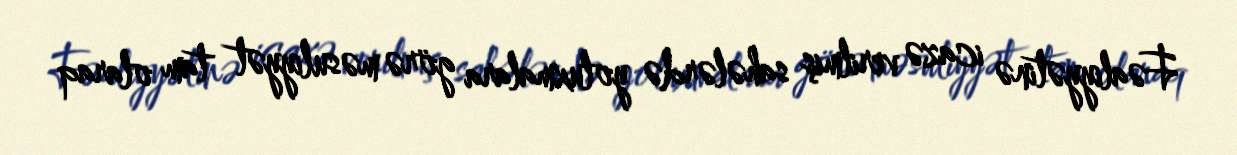
Fəaliyyətinə icazə verilmiş sahələrdə yoluxmalara görə məsuliyyət tam olaraq